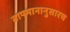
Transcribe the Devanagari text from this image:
तापमानानुसारच